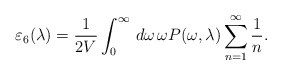
\begin{align*}\varepsilon_6(\lambda)=\frac{1}{2V}\int_{0}^{\infty}\,d\omega\,\omega P(\omega,\lambda)\sum_{n=1}^{\infty}\frac{1}{n}.\end{align*}